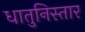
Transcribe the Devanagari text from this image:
धातुनिस्तार